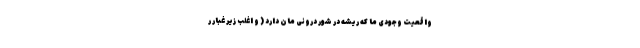
واقعیت وجودی ما که ریشه در شور درونی مان دارد ( و اغلب زیر غبار ر